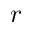
\boldsymbol r